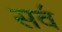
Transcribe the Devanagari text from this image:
सव॔